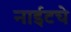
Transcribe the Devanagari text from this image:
नाईटचे